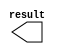
module npix_min2 (
	result);

	output	[19:0]  result;

endmodule